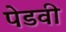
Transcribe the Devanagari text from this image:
पेडवी